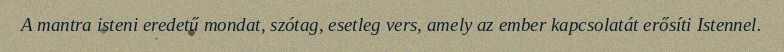
A mantra isteni eredetű mondat, szótag, esetleg vers, amely az ember kapcsolatát erősíti Istennel.